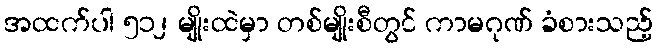
အထက်ပါ ၅၁၂ မျိုးထဲမှာ တစ်မျိုးစီတွင် ကာမဂုဏ် ခံစားသည့်